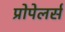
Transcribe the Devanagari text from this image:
प्रोपेलर्स